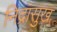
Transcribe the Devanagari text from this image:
निद्रासुख